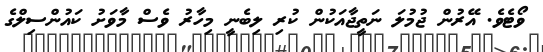
ވޯޓެވެ. އޭރުން ޖުމުލަ ނަތީޖާއަކުން ކުރި ލިބެނީ މިހާރު ވެސް މާވަށު ކައުންސިލްގެ